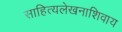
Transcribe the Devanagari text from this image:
साहित्यलेखनाशिवाय